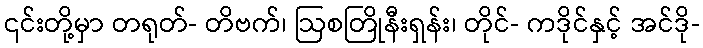
၎င်းတို့မှာ တရုတ်- တိဗက်၊ ဩစတြိုနီးရှန်း၊ တိုင်- ကဒိုင်နှင့် အင်ဒို-